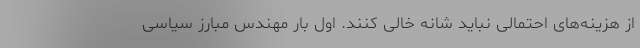
از هزینه‌های احتمالی نباید شانه خالی کنند. اول بار مهندس مبارز سیاسی